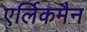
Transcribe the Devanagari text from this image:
एर्लिकमैन